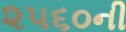
૨૫૬૦ની